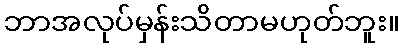
ဘာအလုပ်မှန်းသိတာမဟုတ်ဘူး။